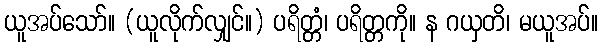
ယူအပ်သော်။ (ယူလိုက်လျှင်။) ပရိတ္တံ၊ ပရိတ္တကို။ န ဂယှတိ၊ မယူအပ်။